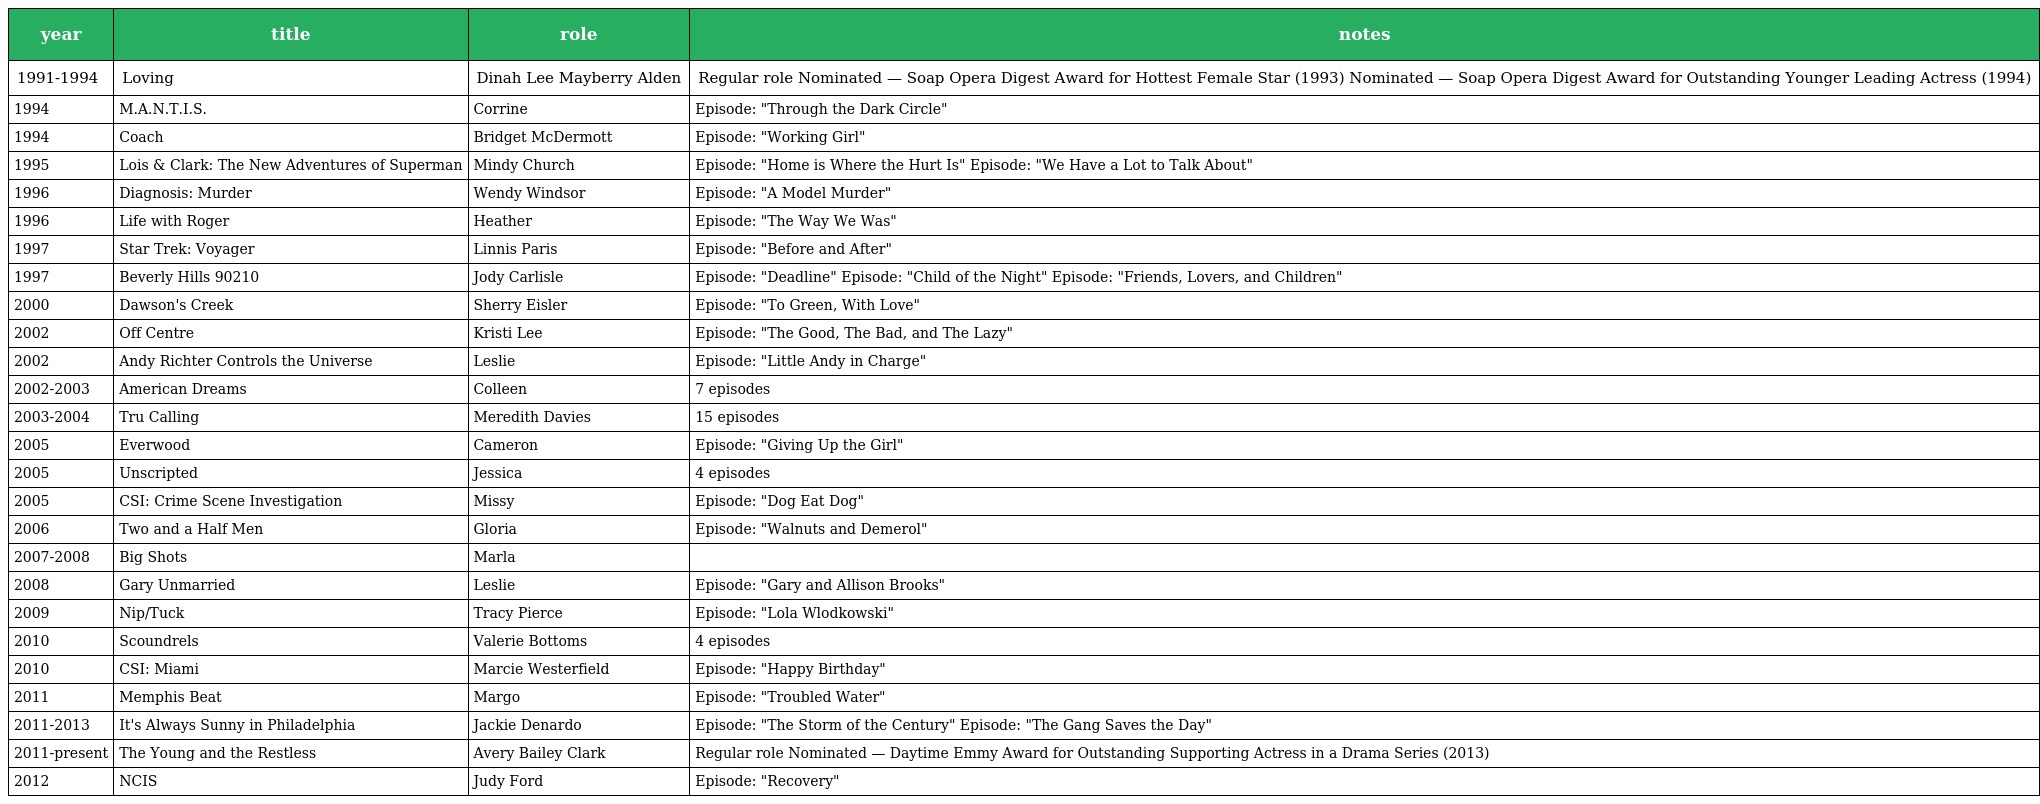
| year | title | role | notes |
 | --- | --- | --- | --- |
 | 1991-1994 | Loving | Dinah Lee Mayberry Alden | Regular role Nominated — Soap Opera Digest Award for Hottest Female Star (1993) Nominated — Soap Opera Digest Award for Outstanding Younger Leading Actress (1994) |
 | 1994 | M.A.N.T.I.S. | Corrine | Episode: "Through the Dark Circle" |
 | 1994 | Coach | Bridget McDermott | Episode: "Working Girl" |
 | 1995 | Lois & Clark: The New Adventures of Superman | Mindy Church | Episode: "Home is Where the Hurt Is" Episode: "We Have a Lot to Talk About" |
 | 1996 | Diagnosis: Murder | Wendy Windsor | Episode: "A Model Murder" |
 | 1996 | Life with Roger | Heather | Episode: "The Way We Was" |
 | 1997 | Star Trek: Voyager | Linnis Paris | Episode: "Before and After" |
 | 1997 | Beverly Hills 90210 | Jody Carlisle | Episode: "Deadline" Episode: "Child of the Night" Episode: "Friends, Lovers, and Children" |
 | 2000 | Dawson's Creek | Sherry Eisler | Episode: "To Green, With Love" |
 | 2002 | Off Centre | Kristi Lee | Episode: "The Good, The Bad, and The Lazy" |
 | 2002 | Andy Richter Controls the Universe | Leslie | Episode: "Little Andy in Charge" |
 | 2002-2003 | American Dreams | Colleen | 7 episodes |
 | 2003-2004 | Tru Calling | Meredith Davies | 15 episodes |
 | 2005 | Everwood | Cameron | Episode: "Giving Up the Girl" |
 | 2005 | Unscripted | Jessica | 4 episodes |
 | 2005 | CSI: Crime Scene Investigation | Missy | Episode: "Dog Eat Dog" |
 | 2006 | Two and a Half Men | Gloria | Episode: "Walnuts and Demerol" |
 | 2007-2008 | Big Shots | Marla |  |
 | 2008 | Gary Unmarried | Leslie | Episode: "Gary and Allison Brooks" |
 | 2009 | Nip/Tuck | Tracy Pierce | Episode: "Lola Wlodkowski" |
 | 2010 | Scoundrels | Valerie Bottoms | 4 episodes |
 | 2010 | CSI: Miami | Marcie Westerfield | Episode: "Happy Birthday" |
 | 2011 | Memphis Beat | Margo | Episode: "Troubled Water" |
 | 2011-2013 | It's Always Sunny in Philadelphia | Jackie Denardo | Episode: "The Storm of the Century" Episode: "The Gang Saves the Day" |
 | 2011-present | The Young and the Restless | Avery Bailey Clark | Regular role Nominated — Daytime Emmy Award for Outstanding Supporting Actress in a Drama Series (2013) |
 | 2012 | NCIS | Judy Ford | Episode: "Recovery" |